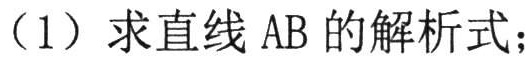
（1）求直线 AB 的解析式；